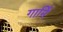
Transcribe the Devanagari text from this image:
गार्नि